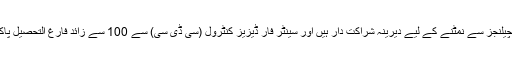
امریکی سفیر کا کہنا تھا کہ امریکا اور پاکستان عالمی سطح پر صحت سے متعلق چیلنجز سے نمٹنے کے لیے دیرینہ شراکت دار ہیں اور سینٹر فار ڈیزیز کنٹرول (سی ڈی سی) سے 100 سے زائد فارغ التحصیل پاکستانی گلگت بلتستان اور پنجاب میں کرونا کے معاملات کی تحقیقات کر رہے ہیں۔